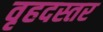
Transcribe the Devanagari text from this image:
वृहदस्तर